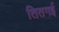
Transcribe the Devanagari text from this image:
तितगई